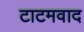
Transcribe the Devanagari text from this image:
टाटमवाद